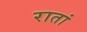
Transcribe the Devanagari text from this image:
रातां